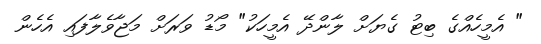
" އެމީހެއްގެ ބިޓު ގެޔަށް ލާންދޭ އެމީހަކު" މޯޑު ވަރަށް މަޖާވެލާފައި އެހެން